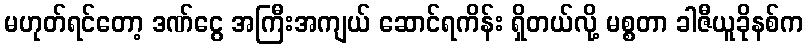
မဟုတ်ရင်တော့ ဒဏ်ငွေ အကြီးအကျယ် ဆောင်ရကိန်း ရှိတယ်လို့ မစ္စတာ ခါဇီယူခိုနစ်က